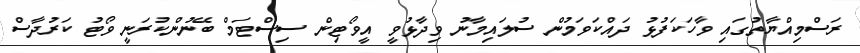
ރަސްމިއްޔާތުގައި ވާހަކަފުޅު ދައްކަވަމުން ސުލައިމާނު ވިދާޅުވީ އީވޯޓިން ސިސްޓަމް ބޭނުންކުރަނީ ވޯޓު ކަރުދާސް